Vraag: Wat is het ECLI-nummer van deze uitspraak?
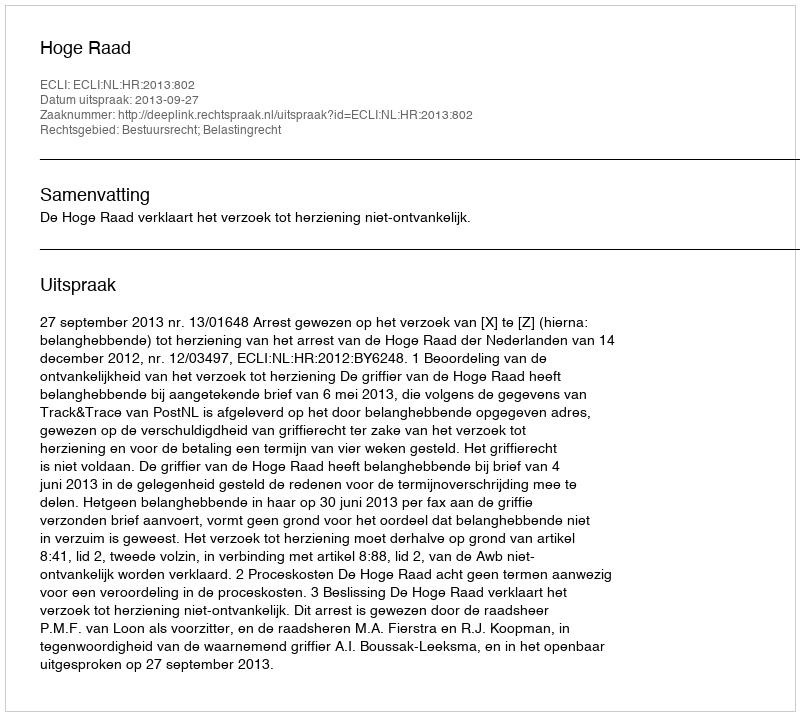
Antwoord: ECLI:NL:HR:2013:802